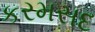
કરમસદ